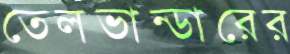
তেলভান্ডারের